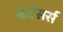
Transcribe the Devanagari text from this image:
कंटेंसर्स